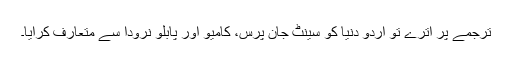
ترجمے پر اترے تو اردو دنیا کو سینٹ جان پرس، کامیو اور پابلو نرودا سے متعارف کرایا۔